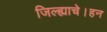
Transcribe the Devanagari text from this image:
जिल्ह्याचे।हन